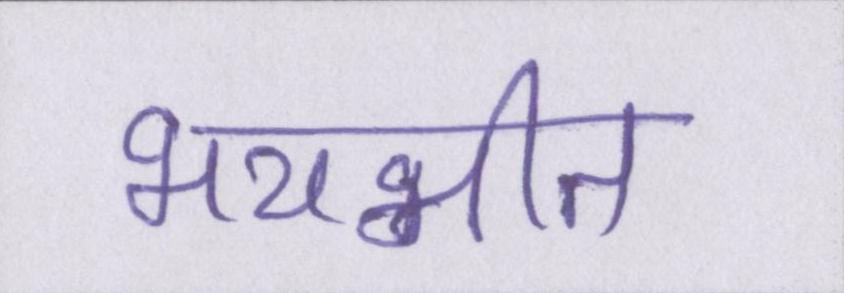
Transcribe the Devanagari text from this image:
भयभीत